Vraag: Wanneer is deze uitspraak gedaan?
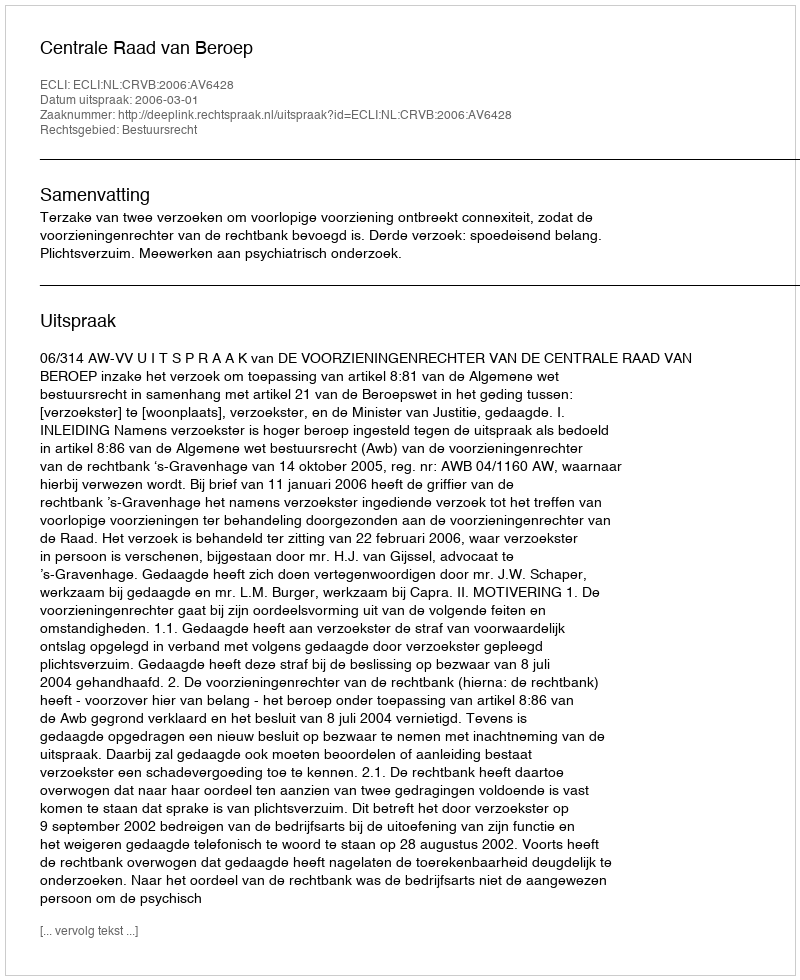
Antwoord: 2006-03-01